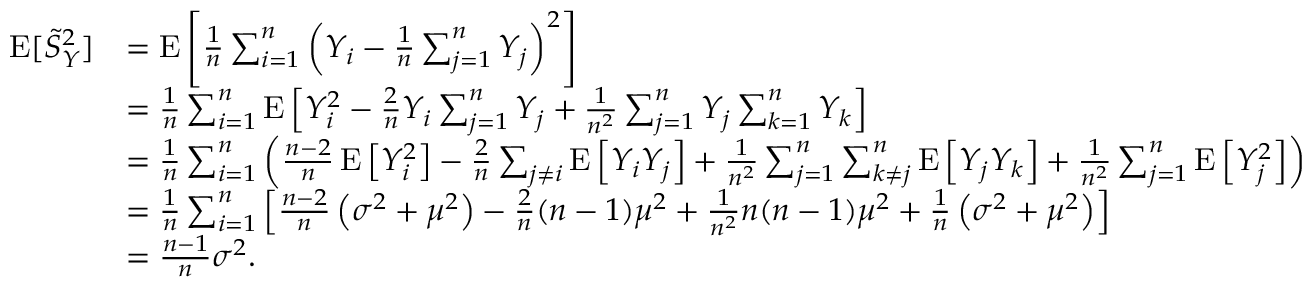
{ \begin{array} { r l } { \operatorname { E } [ { \tilde { S } } _ { Y } ^ { 2 } ] } & { = \operatorname { E } \left[ { \frac { 1 } { n } } \sum _ { i = 1 } ^ { n } \left( Y _ { i } - { \frac { 1 } { n } } \sum _ { j = 1 } ^ { n } Y _ { j } \right) ^ { 2 } \right] } \\ & { = { \frac { 1 } { n } } \sum _ { i = 1 } ^ { n } \operatorname { E } \left[ Y _ { i } ^ { 2 } - { \frac { 2 } { n } } Y _ { i } \sum _ { j = 1 } ^ { n } Y _ { j } + { \frac { 1 } { n ^ { 2 } } } \sum _ { j = 1 } ^ { n } Y _ { j } \sum _ { k = 1 } ^ { n } Y _ { k } \right] } \\ & { = { \frac { 1 } { n } } \sum _ { i = 1 } ^ { n } \left( { \frac { n - 2 } { n } } \operatorname { E } \left[ Y _ { i } ^ { 2 } \right] - { \frac { 2 } { n } } \sum _ { j \neq i } \operatorname { E } \left[ Y _ { i } Y _ { j } \right] + { \frac { 1 } { n ^ { 2 } } } \sum _ { j = 1 } ^ { n } \sum _ { k \neq j } ^ { n } \operatorname { E } \left[ Y _ { j } Y _ { k } \right] + { \frac { 1 } { n ^ { 2 } } } \sum _ { j = 1 } ^ { n } \operatorname { E } \left[ Y _ { j } ^ { 2 } \right] \right) } \\ & { = { \frac { 1 } { n } } \sum _ { i = 1 } ^ { n } \left[ { \frac { n - 2 } { n } } \left( \sigma ^ { 2 } + \mu ^ { 2 } \right) - { \frac { 2 } { n } } ( n - 1 ) \mu ^ { 2 } + { \frac { 1 } { n ^ { 2 } } } n ( n - 1 ) \mu ^ { 2 } + { \frac { 1 } { n } } \left( \sigma ^ { 2 } + \mu ^ { 2 } \right) \right] } \\ & { = { \frac { n - 1 } { n } } \sigma ^ { 2 } . } \end{array} }